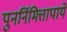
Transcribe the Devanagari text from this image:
पुनर्निमित्तापाये